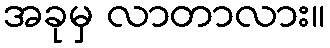
အခုမှ လာတာလား။